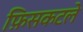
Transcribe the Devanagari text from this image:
फ़िसकटले